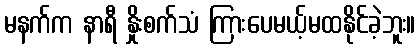
မနက်က နာရီ နှိုးစက်သံ ကြားပေမယ့်မထနိုင်ခဲ့ဘူး။